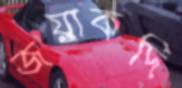
জয়াকদি